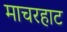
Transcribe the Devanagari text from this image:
माचरहाट